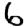
Digit: 6